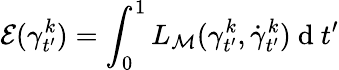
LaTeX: \mathcal{E}(\gamma_{t^{\prime}}^{k})=\int_{0}^{1}L_{{\mathcal{M}}}(\gamma_{t^{\prime}}^{k},\dot{\gamma}_{t^{\prime}}^{k})\mathrm{~d~}t^{\prime}